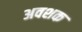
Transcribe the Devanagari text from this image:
अवशक